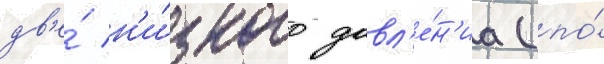
дв'е́ н'и́зкого давл'е́н'иа (по́